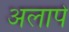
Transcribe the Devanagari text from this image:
अलापे